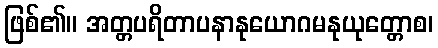
ဖြစ်၏။ အတ္တပရိတာပနာနုယောဂမနုယုတ္တောစ၊